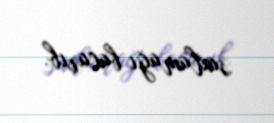
saxlamağı bacarıb.